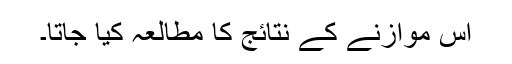
اس موازنے کے نتائج کا مطالعہ کیا جاتا۔